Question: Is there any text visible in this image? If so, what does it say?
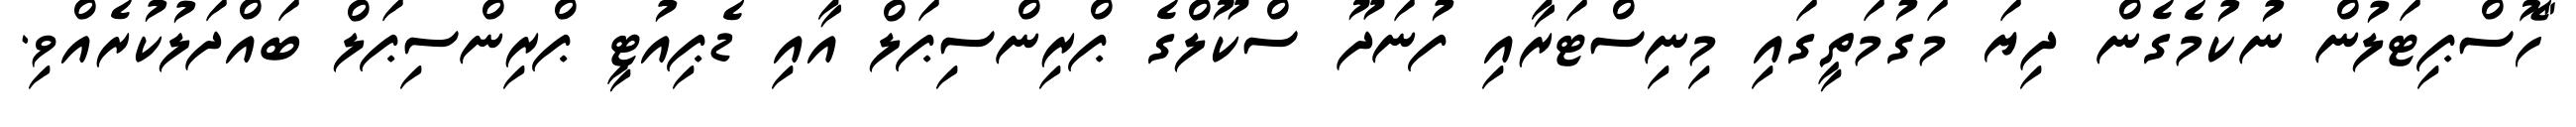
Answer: "ހޮސްޕިޓަލުން ނުކުމެގެން ދިޔަ މަގުމަތީގައި މިނިސްޓަރާއި ފުނަދޫ ސްކޫލްގެ ޕްރިންސިޕަލް އާއި ޑެޕިއުޓީ ޕްރިންސިޕަލް ބައްދަލުކުރެއްވި.